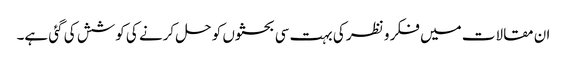
ان مقالات میں فکر و نظر کی بہت سی بحثوں کو حل کرنے کی کوشش کی گئی ہے۔